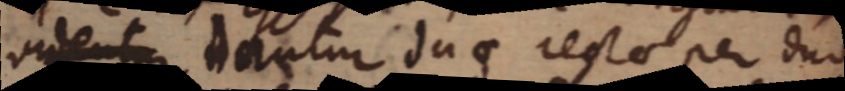
videntur antur duae recta per duo